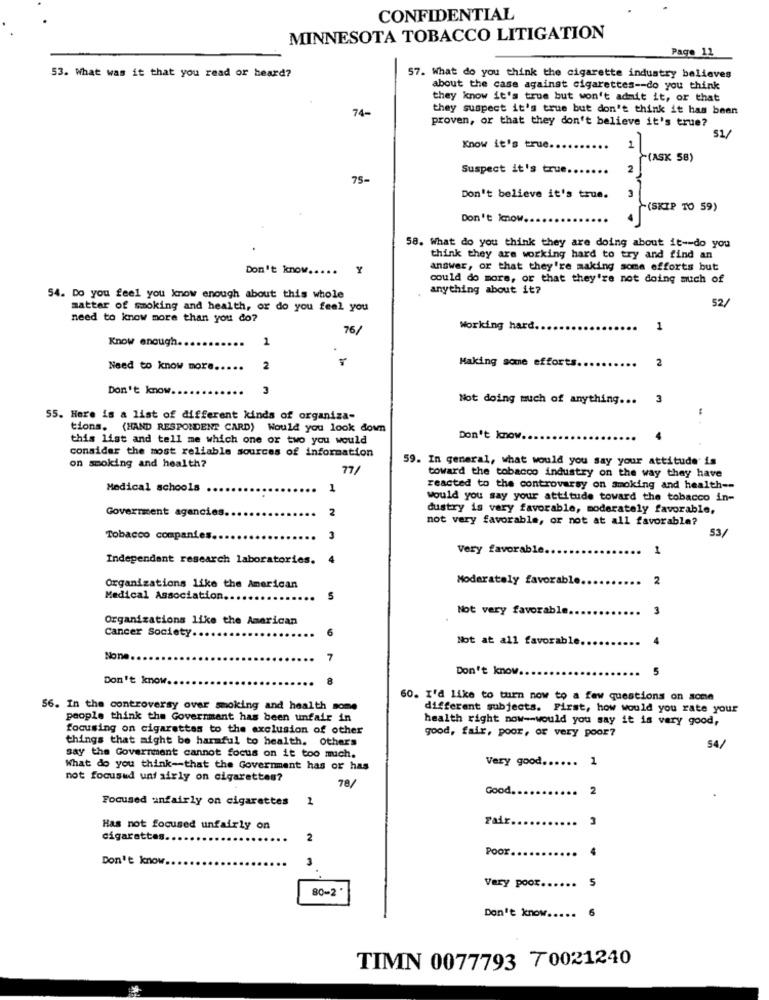
CONFIDENTIAL
MINNESOTA TOBACCO LITIGATION
Page 12
53. What was it that you read or heard?
57. What do you think the cigarette industry believes
about the case against cigarettes -- do you think
they know it's true but won't admit it, or that
74-
they suspect it's true but don't think it has been
proven, or that they don't believe it's true?
51/
Know it's true ...
1
~(ASK 58)
Suspect it's true.
2
75-
Don't believe it's true.
(SKIP TO 59)
Don't know.
58. What do you think they are doing about it -- do you
think they are working hard to try and find an
Don't know .....
Y
answer, or that they're making some efforts but
could do more, or that they're not doing much of
anything about it?
54. Do you feel you know enough about this whole
52/
matter of smoking and health, or do you feel you
need to know more than you do?
76/
Working hard.
1
Know enough ..
1
2
Need to know more.
2
Making some efforts ..
Don't know.
Not doing much of anything ...
55. Here is a list of different kinds of organiza-
tions. (HAND RESPONDENT CARD) Would you look down
this list and tell me which one or two you would
Don't know.
consider the most reliable sources of information
on smoking and health?
59. In general, what would you say your attitude' is
77/
toward the tobacco industry on the way they have
Medical schools
1
reacted to the controversy on smoking and health --
would you say your attitude toward the tobacco in-
Government agencies.
2
dustry is vary favorable, moderately favorable,
not very favorable, or not at all favorable?
53/
Tobacco companies.
Very favorable.
1
Independent research laboratories. 4
Moderately favorable.
2
Organizations like the American
Medical Association ...
5
Not very favorable.
3
Organizations like the American
Cancer Society ..
AD
Not at all favorable.
4
None.
7
Don't know.
Don't know.
60. I'd like to turn now to a few questions on some
56. In the controversy over smoking and health some
different subjects. First, how would you rate your
people think the Government has been unfair in
health right now -- would you say it is very good,
focusing on cigarettes to the exclusion of other
good, fair, poor, or very poor?
things that might be harmful to health. Others
54/
say the Government cannot focus on it too mich.
Very good ...... 1
What do you think -- that the Government has or has
not focusud unfairly on cigarettes?
78/
Good.
...
2
Focused unfairly on cigarettes
Fair ..
.. 3
Has not focused unfairly on
cigarettes.
2
Poor.
4
Don't know.
S
80-2
Very poor.
Don't know ..
TIMN 0077793 70021240